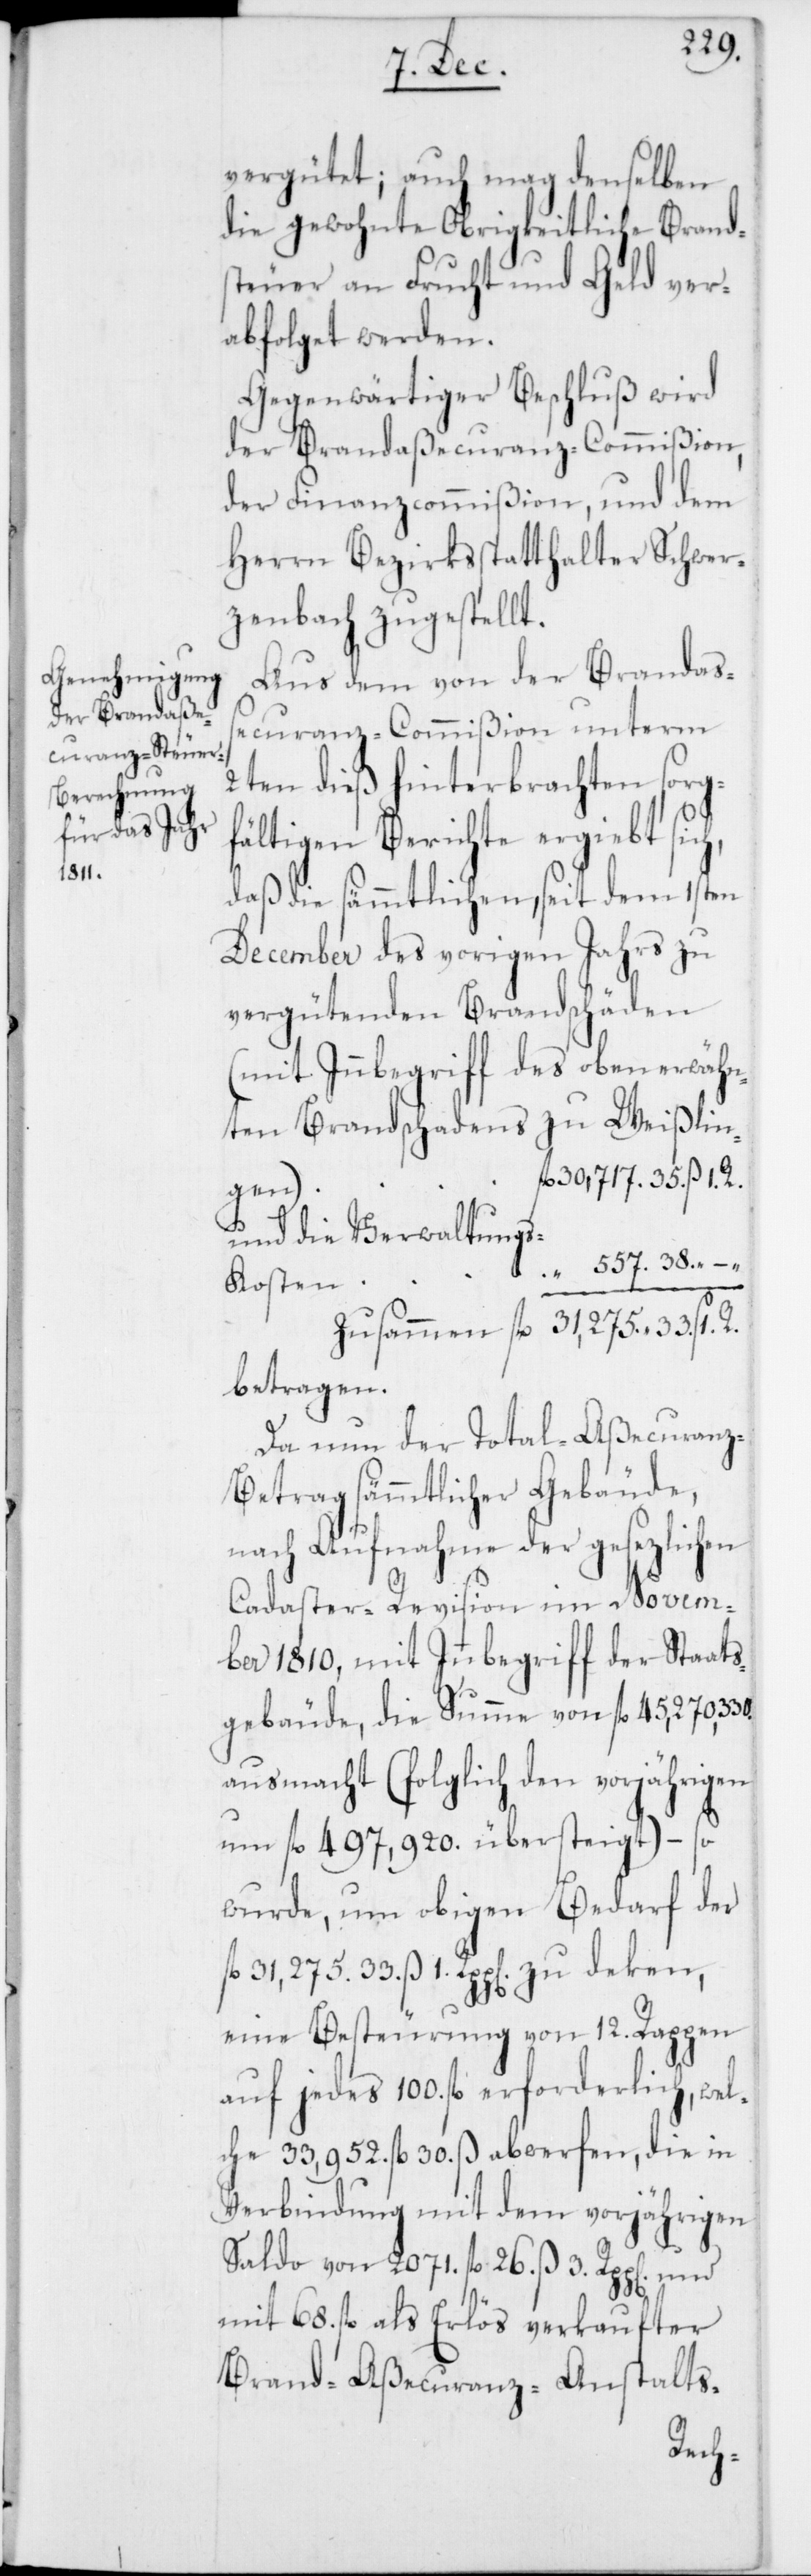
vergütet; auch mag denselben
die gewohnte Obrigkeitliche Brands¬
teuer an Frucht und Geld ver¬
abfolget werden.
Gegenwärtiger Beschluß wird
der Brandaßecuranz-Commißion,
der Finanzcommißion und dem
Herrn Bezirksstatthalter Schwer¬
zenbach zugestellt.
Aus dem von der Brandaß¬
ecuranz-Commißion unterm
2ten dieß hinterbrachten sorgf¬
ältigen Berichte ergiebt sic¬
daß die sämmtlichen, seit dem 1sten
December des vorigen Jahrs zu
vergütenden Brandschäden
(mit Inbegriff des oben erwähn¬
ten Brandschadens zu Weißlin¬
fl. 30,717. 35. ß 1. R.
gen)
und die Verwaltung¬
“ 557. 38.
s-Kosten
Zusammen fl. 31,275. 33. ß 1.
betragen.
Da nun der Total-Aßecuranz¬
betrag sämmtlicher Gebäude,
nach Aufnahme der gesetzlichen
h,
Cadaster-Revision im Novem¬
ber 1810, mit Innbegriff der Staats¬
gebäude, die Summe von fl. 45,270,330
ausmacht (folglich den Vorjährigen
um fl. 497,920 übersteigt) – so
wurde, um obigen Bedarf der
fl. 31,275.33 ß 1 Rpp[en]. zu deken,
eine Besteurung von 12. Rappen
auf jedes 100. fl. erforderlich, wel¬
che 33,952. fl. 30. ß abwerfen, die in
Verbindung mit dem vorjährigen
Saldo von 2071. fl. 26. ß 3. Rpp[en]. und
mit 68. fl. als Erlös verkaufter
Brand-Aßecuranz-Anstalts-